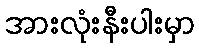
အားလုံးနီးပါးမှာ